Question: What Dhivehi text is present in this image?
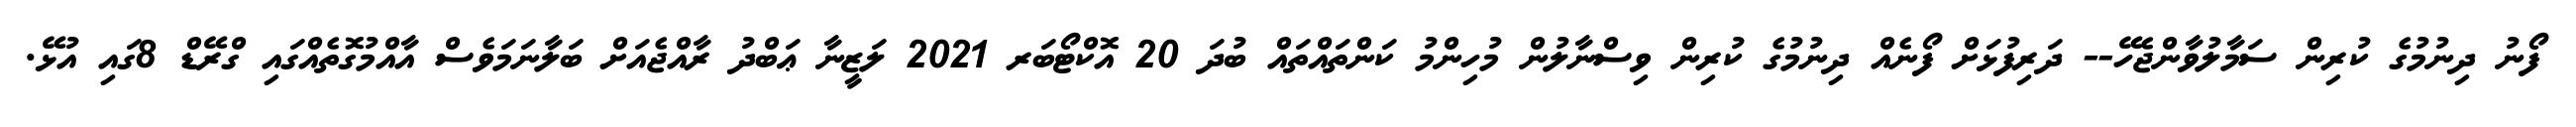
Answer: ފޯނު ދިނުމުގެ ކުރިން ސަމާލުވާންޖެހޭ-- ދަރިފުޅަށް ފޯނެއް ދިނުމުގެ ކުރިން ވިސްނާލުން މުހިންމު ކަންތައްތައް ބުދަ 20 އޮކްޓޯބަރ 2021 ލަޒީނާ ޢަބްދު ރާއްޖެއަށް ބަލާނަމަވެސް އާއްމުގޮތެއްގައި ގްރޭޑް 8ގައި އުޅޭ.